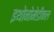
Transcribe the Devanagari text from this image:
इथोनोमेडीकल